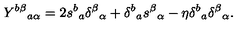
Y ^ { b \beta } { } _ { a \alpha } = 2 s ^ { b } { } _ { a } \delta ^ { \beta } { } _ { \alpha } + \delta ^ { b } { } _ { a } s ^ { \beta } { } _ { \alpha } - \eta \delta ^ { b } { } _ { a } \delta ^ { \beta } { } _ { \alpha } .